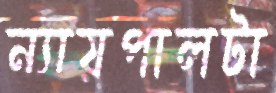
ন্যায়পালটা